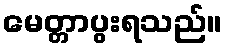
မေတ္တာပွးရသည်။